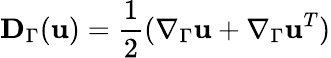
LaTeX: \mathbf D_{\Gamma}(\mathbf u)=\frac 12(\nabla_{\Gamma}\mathbf u+\nabla_{\Gamma}\mathbf u^{T})